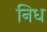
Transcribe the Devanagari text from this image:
निध